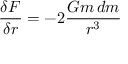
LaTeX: { \frac { \delta F } { \delta r } } = - 2 { \frac { G m \, d m } { r ^ { 3 } } }